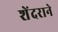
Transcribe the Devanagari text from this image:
शेंदराने